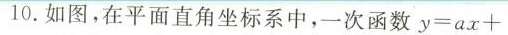
10. 如图，在平面直角坐标系中，一次函数$$y = ax+